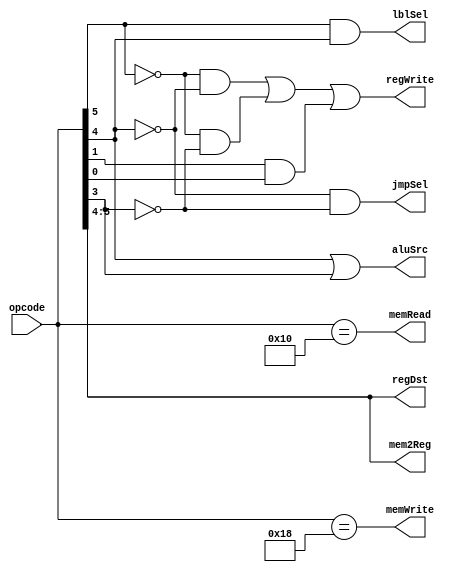
`timescale 1ns / 1ps
//////////////////////////////////////////////////////////////////////////////////
// Company: 
// Engineer: 
// 
// Design Name: 
// Module Name:    Controller 
// Project Name: 
// Target Devices: 
// Tool versions: 
// Description: 
//
// Dependencies: 
//
// Revision: 
// Revision 0.01 - File Created
// Additional Comments: 
//
//////////////////////////////////////////////////////////////////////////////////
module Controller(
    input  [5:0] opcode,
	 output memRead,
	 output memWrite,
	 output regWrite,
	 output [1:0] regDst,
	 output [1:0] mem2Reg,
	 output aluSrc,
	 output lblSel,
	 output jmpSel
    );
	 
	 
	 assign jmpSel = ~opcode[4] & ~opcode[3];
	 assign lblSel = opcode[5] & opcode[4];
	 assign mem2Reg = opcode[5:4];
	 assign memWrite = (opcode == 6'b011000);
	 assign memRead = (opcode == 6'b010000);
	 assign aluSrc = opcode[4] | opcode[3];
	 
	 assign regWrite = (~opcode[5] & ~opcode[4]) |
							 (~opcode[5] & ~opcode[3]) |
							 ( opcode[1] &  opcode[0]);
							 
	 assign regDst[0] = opcode[4];
	 assign regDst[1] = opcode[5];
	 

endmodule